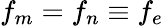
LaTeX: f_{m}=f_{n}\equiv f_{e}